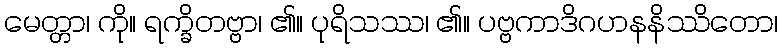
မေတ္တာ၊ ကို။ ရက္ခိတဗ္ဗာ၊ ၏။ ပုရိသဿ၊ ၏။ ပဗ္ဗကာဒိဂဟနနိဿိတော၊